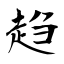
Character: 趋